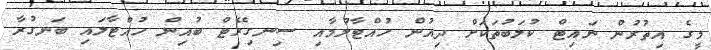
މީގެ އިތުރުން ނައިޓް ކުލަބުތަކަށް ދިއުން ހުއްޓާލުމާއި ސިނގިރޭޓް ބުއިން ހުއްޓާލައި ބަނގުރާ